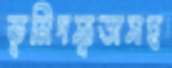
ভূমিদস্যুতাসহ